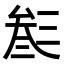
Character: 𠫽